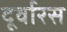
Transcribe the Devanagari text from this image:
दूर्वारस